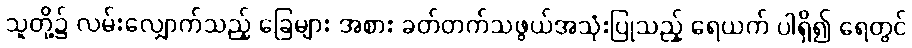
သူတို့၌ လမ်းလျှောက်သည့် ခြေများ အစား ခတ်တက်သဖွယ်အသုံးပြုသည့် ရေယက် ပါရှိ၍ ရေတွင်